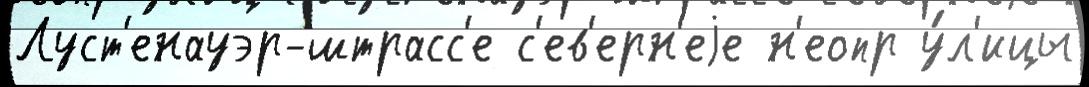
Луст'енауэр-штрасс'е с'ев'ерн'еjе н'еопр у́л'ицы